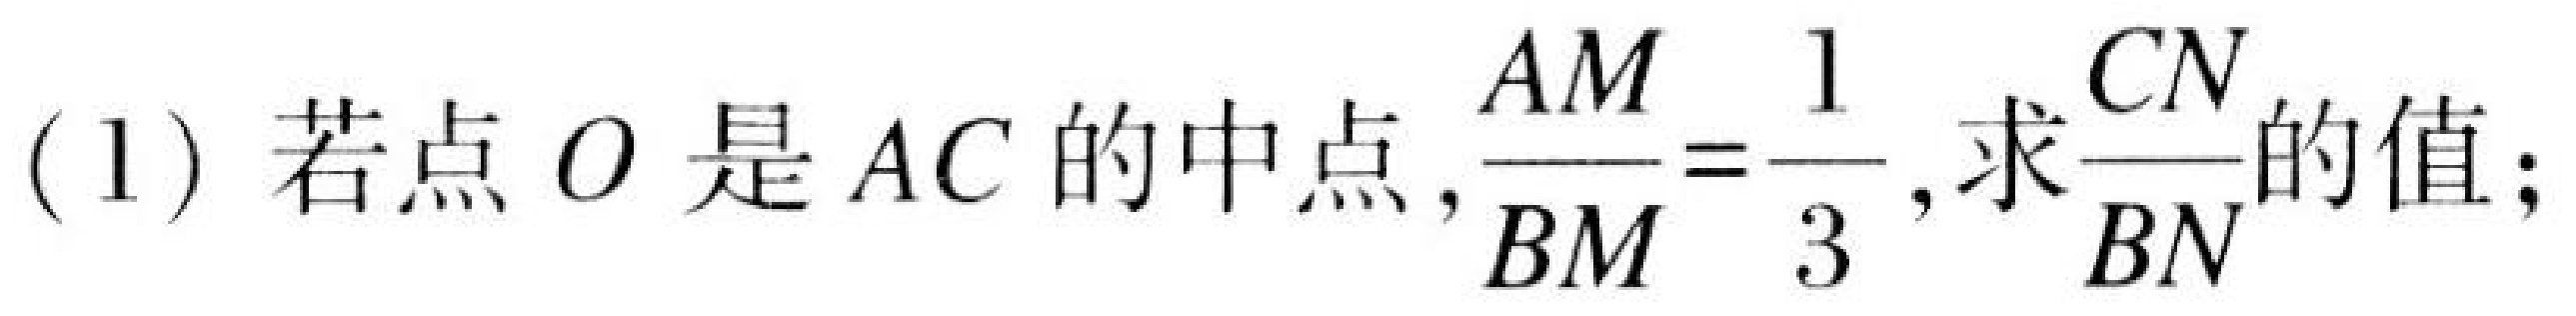
(1) 若点\(O\)是\(AC\)的中点，\(\frac{AM}{BM}=\frac{1}{3}\)，求\(\frac{CN}{BN}\)的值；